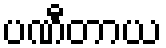
ပဏီတာယ